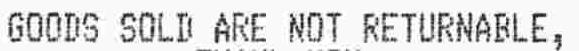
GOODS SOLD ARE NOT RETURNABLE,